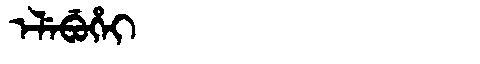
Manchu: ᡝᠯᡝᠪᡠᡥᡝᡳ
Romanization: ELEBUHEI